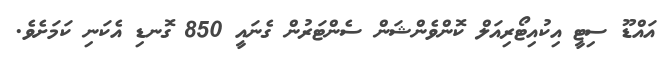
އައްޑޫ ސިޓީ އިކުއިޓޯރިއަލް ކޮންވެންޝަން ސެންޓަރުން ގެނައީ 850 ގޮނޑި އެކަނި ކަމަށެވެ.